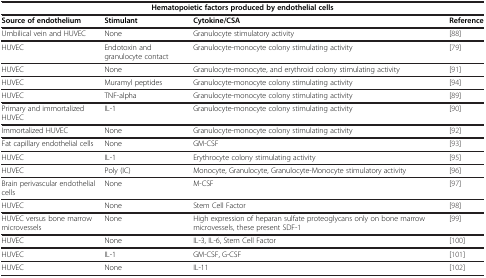
<table><thead><tr><td colspan="4"><b>Hematopoietic factors produced by endothelial cells</b></td></tr><tr><td><b>Source of endothelium</b></td><td><b>Stimulant</b></td><td><b>Cytokine/CSA</b></td><td><b>Reference</b></td></tr></thead><tbody><tr><td>Umbilical vein and HUVEC</td><td>None</td><td>Granulocyte stimulatory activity</td><td>[88]</td></tr><tr><td>HUVEC</td><td>Endotoxin and granulocyte contact</td><td>Granulocyte-monocyte colony stimulating activity</td><td>[79]</td></tr><tr><td>HUVEC</td><td>None</td><td>Granulocyte-monocyte, and erythroid colony stimulating activity</td><td>[91]</td></tr><tr><td>HUVEC</td><td>Muramyl peptides</td><td>Granulocyte-monocyte colony stimulating activity</td><td>[94]</td></tr><tr><td>HUVEC</td><td>TNF-alpha</td><td>Granulocyte-monocyte colony stimulating activity</td><td>[89]</td></tr><tr><td>Primary and immortalized HUVEC</td><td>IL-1</td><td>Granulocyte-monocyte colony stimulating activity</td><td>[90]</td></tr><tr><td>Immortalized HUVEC</td><td>None</td><td>Granulocyte-monocyte colony stimulating activity</td><td>[92]</td></tr><tr><td>Fat capillary endothelial cells</td><td>None</td><td>GM-CSF</td><td>[93]</td></tr><tr><td>HUVEC</td><td>IL-1</td><td>Erythrocyte colony stimulating activity</td><td>[95]</td></tr><tr><td>HUVEC</td><td>Poly (IC)</td><td>Monocyte, Granulocyte, Granulocyte-Monocyte stimulatory activity</td><td>[96]</td></tr><tr><td>Brain perivascular endothelial cells</td><td>None</td><td>M-CSF</td><td>[97]</td></tr><tr><td>HUVEC</td><td>None</td><td>Stem Cell Factor</td><td>[98]</td></tr><tr><td>HUVEC versus bone marrow microvessels</td><td>None</td><td>High expression of heparan sulfate proteoglycans only on bone marrow microvessels, these present SDF-1</td><td>[99]</td></tr><tr><td>HUVEC</td><td>None</td><td>IL-3, IL-6, Stem Cell Factor</td><td>[100]</td></tr><tr><td>HUVEC</td><td>IL-1</td><td>GM-CSF, G-CSF</td><td>[101]</td></tr><tr><td>HUVEC</td><td>None</td><td>IL-11</td><td>[102]</td></tr></tbody></table>